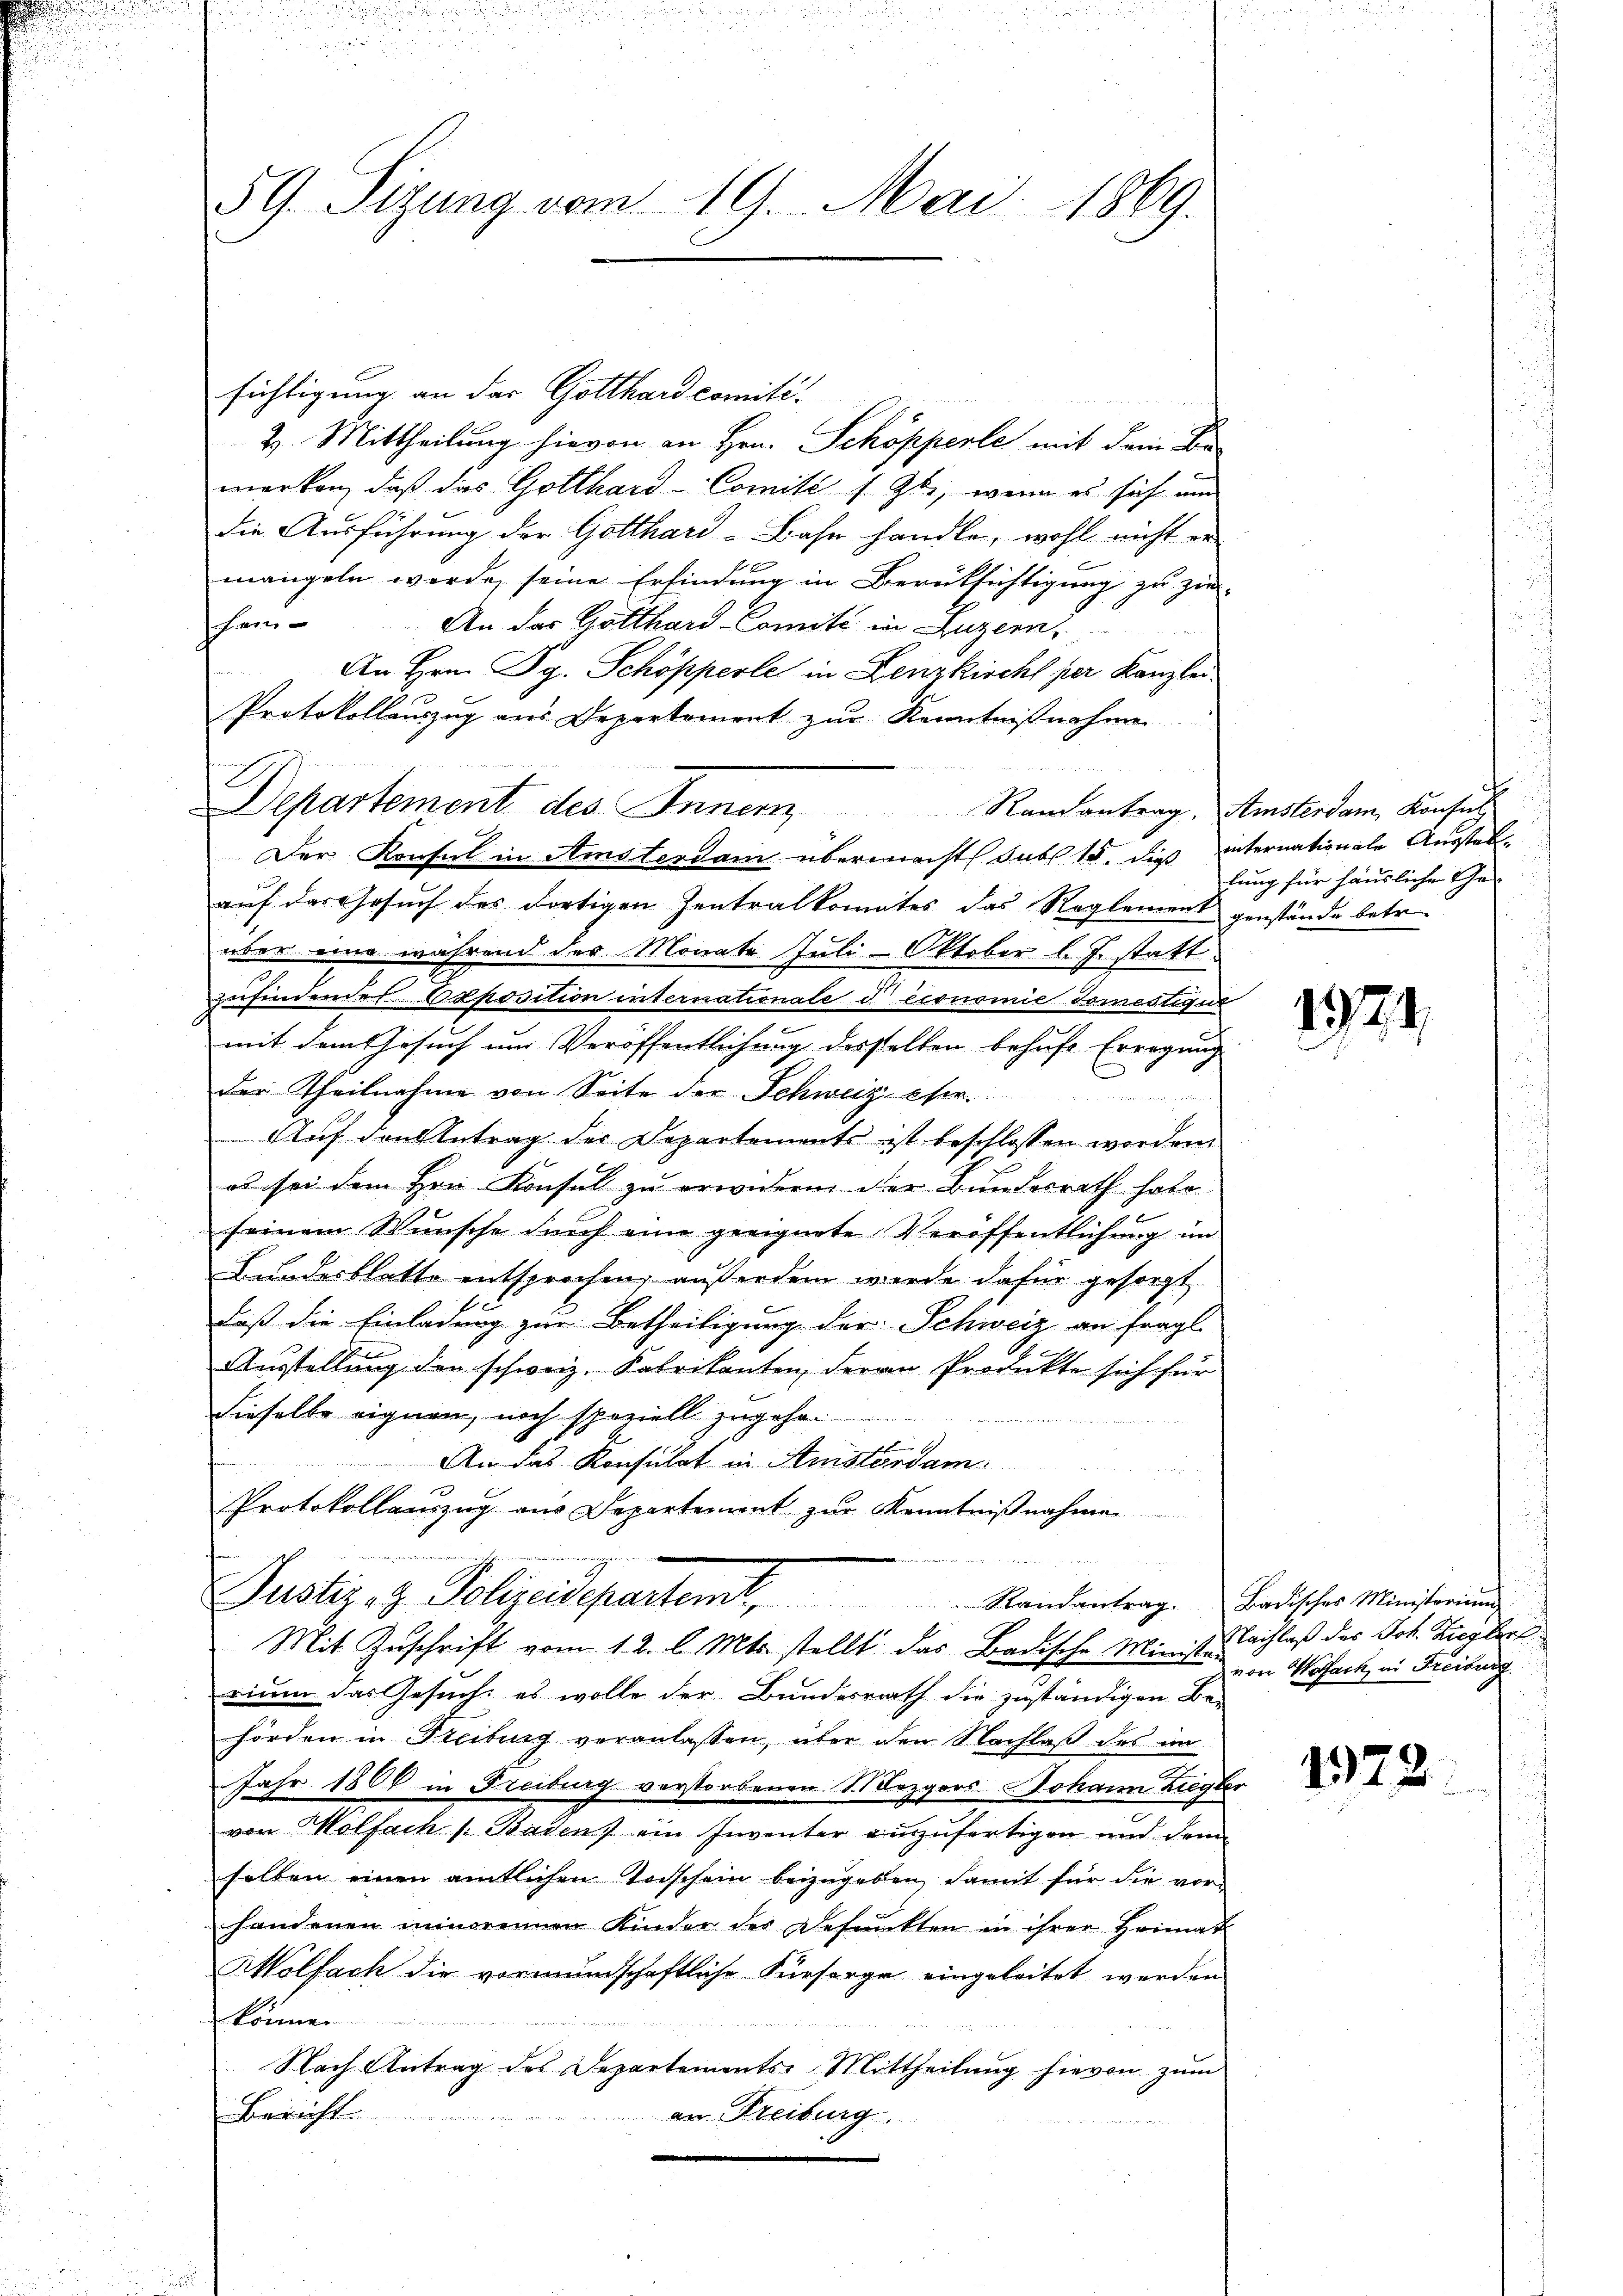
59. Sizung vom 19. Mai 1869.

sichtigung an der Gotthardcomité.
2. Mittheilung hievon an Hrn. Schöpperte mit dem Be-
merken, daß das Gotthard-Comité s Gbi, wenn es sich und
die Ausführung der Gotthard-Bahn handle, wohl nicht er
E
mangeln werde, seine Erfindung in Berüksichtigung zu zie-
hem. An das Gotthard-Comité in Luzern,
An Hrn. Pg. Schöpperle in Lenzkirchl per Kanzlei¬
Protokollauszug aus Departement zur Kenntnißnahme
Der Konsul in Amsterdam übermacht sub 15. dieß internationale Ausstelauf das Gesuch des dortigen Zentralkomates das Reglement genstände betr.
über eine während des Monate Juli - Oktober l. J. statt.
zufindende Peposition internationale d economie domestigu
mit dem Gesuch um Veröffentlichung desselben behufe Erregung
der Theilnahme von Seite der Schweizer
Auf den Antrag der Departements ist beschlossen worden.
es sei dem Hrn. Konsul zu erwidern der Bundesrath habe
seinem Wunsche durch eine geeignete Veröffentlichung im
Bundesblatte entsprochen, außerdem werde dafür gesorgt
daß die Einladung zur Betheiligung der Schweiz an fragl.
Ausstellung den schweiz. Fabrikanten, Herrn Produkte sich für
dieselbe eignen, noch speziell zugehen

An das Konsulat in Amsterdam
Protokollauszug aus Departement zur Kenntnißnahme

Justiz- & Polizeidepartemt, Standantrage Ladischer Ministernen
Mit Zuschrift vom 12. l. Mts. stellt das Badische Ministr
rium das Gesuch, es wolle der Bundesrath die zuständigen Be-
hörden in Freiburg veranlassen, über den Nachlaß des im
Jahr 1806 in Freiburg verstorbenen Mezgers Johann Ziegler
von Molfach s. Badens ein Inventer einzufertigen und dem
selben einen amtlichen Teischein beizugeben, damit für die vorhandenen minorennen Kinder der Befunkten in ihrer Heimat
Mölfach die vormundschaftliche Fürsorge eingeleitet werden
können
Nach Antrag des Departements Mittheilung hievon zum
Berichte
an Freiburg.
.

4

Departement des Innern Randantrag. Amsterdam Konsul

lung für häusliche Ge¬

171

Nachlaß des Joh. Ziegler
von Wolfach, in Freiburg

.

1378